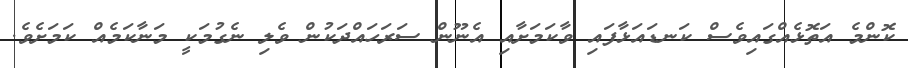
ކޮންމެ އަތޮޅެއްގައިވެސް ކަނޑައަޅާފައި ވާކަމަށާއި އެނޫން ސަރަހައްދަކުން ވެލި ނެގުމަކީ މަނާކަމެއް ކަމަށެވެ.